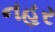
નહર